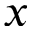
\b { x }